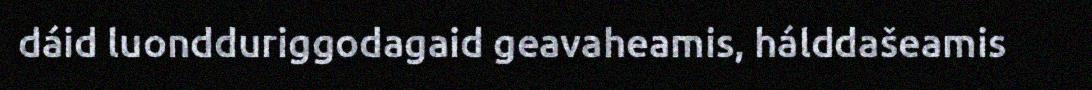
dáid luondduriggodagaid geavaheamis, hálddašeamis